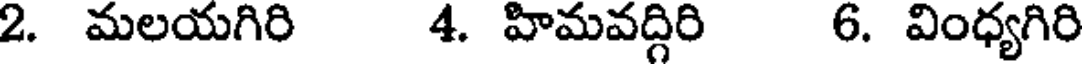
2. మలయగిరి 4. హిమవద్గిరి 6. వింధ్యగిరి